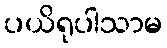
ပယိရုပါသာမ